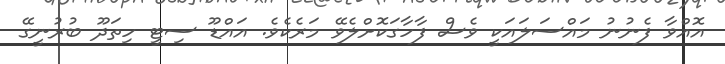
އޮއްވާ ފެނުނު މައްސަލައަކީ ވެސް ފާހާގަކޮށްލެވޭ މަރެކެވެ. އައްޑޫ ސިޓީ ހިތަދޫ ބުރުނީގޭ